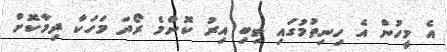
އެ މީހުން އެ ހިނިތުމުގައި ތިބި އިރު ކޮންމެ ރޯދަ މަހަކާ ދިމާކޮށް